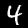
Label: 4